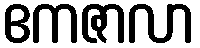
ဧကဇာလာ